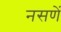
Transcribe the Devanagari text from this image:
नसणें